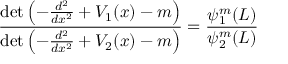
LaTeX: { \frac { \operatorname* { d e t } \left( - { \frac { d ^ { 2 } } { d x ^ { 2 } } } + V _ { 1 } ( x ) - m \right) } { \operatorname* { d e t } \left( - { \frac { d ^ { 2 } } { d x ^ { 2 } } } + V _ { 2 } ( x ) - m \right) } } = { \frac { \psi _ { 1 } ^ { m } ( L ) } { \psi _ { 2 } ^ { m } ( L ) } }